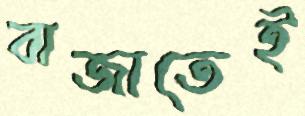
বাজাতেই